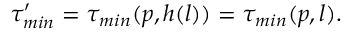
\tau _ { m i n } ^ { \prime } = \tau _ { m i n } ( p , h ( l ) ) = \tau _ { m i n } ( p , l ) .